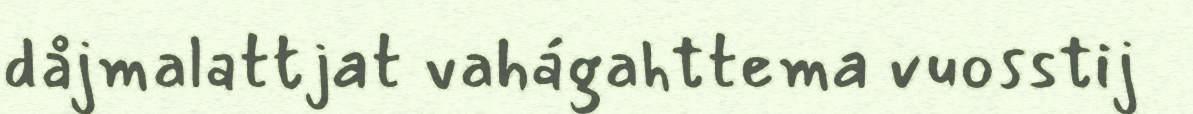
dåjmalattjat vahágahttema vuosstij